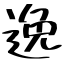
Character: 逸